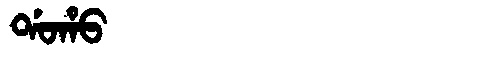
Manchu: ᡩᠣᡥᠣ
Romanization: DOHO